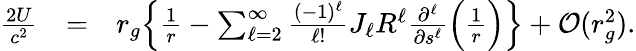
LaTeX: \begin{array}{rlr}{\frac{2U}{c^{2}}}&{=}&{r_{g}\Big\{ \frac{1}{r}-\sum_{\ell=2}^{\infty}\frac{(-1)^{\ell}}{\ell!}J_{\ell}R^{\ell}\frac{\partial^{\ell}}{\partial s^{\ell}}\Big(\frac{1}{r}\Big)\Big\} +{\cal O}(r_{g}^{2}).}\end{array}